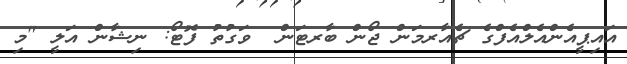
އައިޕީއެންއެލްއެފްގެ ޗެއާރމަން ޖޯން ބާރޓަން  ވަގުތު ފޮޓޯ: ނިޝާން އަލީ "މި